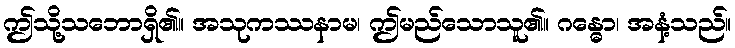
ဤသို့သဘောရှိ၏။ အသုကဿနာမ၊ ဤမည်သောသူ၏။ ဂန္ဓော၊ အနံ့သည်။